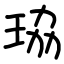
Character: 珕